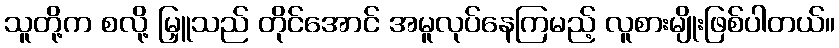
သူတို့က စလို့ မြှူသည် တိုင်အောင် အမူလုပ်နေကြမည့် လူစားမျိုးဖြစ်ပါတယ်။